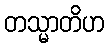
တသ္မာတိဟ